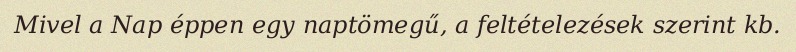
Mivel a Nap éppen egy naptömegű, a feltételezések szerint kb.